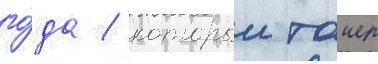
го́да / которыи таиер